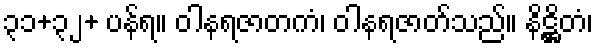
၃၁+၃၂+ ပန်ရ။ ဝါနရဇာတကံ၊ ဝါနရဇာတ်သည်။ နိဋ္ဌိတံ၊